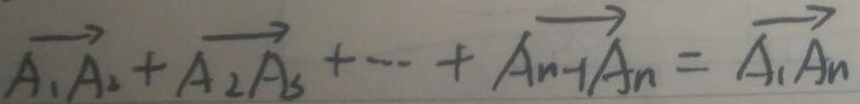
\overrightarrow { A _ { 1 } A _ { 2 } } + \overrightarrow { A _ { 2 } A _ { 3 } } + \cdots + \overrightarrow { A _ { n - 1 } A _ { n } } = \overrightarrow { A _ { 1 } A _ { n } }